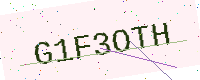
Text: G1F3OTH